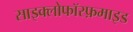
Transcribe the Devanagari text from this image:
साइक्लोफॉस्फ़माइड